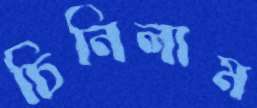
চিনিলাম